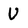
Character: U